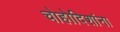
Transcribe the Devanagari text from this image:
चोहोदिशांना